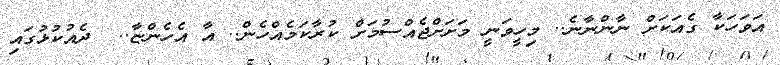
އަވަހަކާ ގެއަކަށް ނާންނާނެ.. މިހީވަނީ މަށަށްޖެއްސުމަށް ކުރާކަމެއްހެން.. އާ އެހެންޏާ..  ދެއުކުޅުގައި